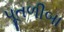
પૂતળીબા